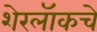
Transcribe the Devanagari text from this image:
शेरलॅाकचे